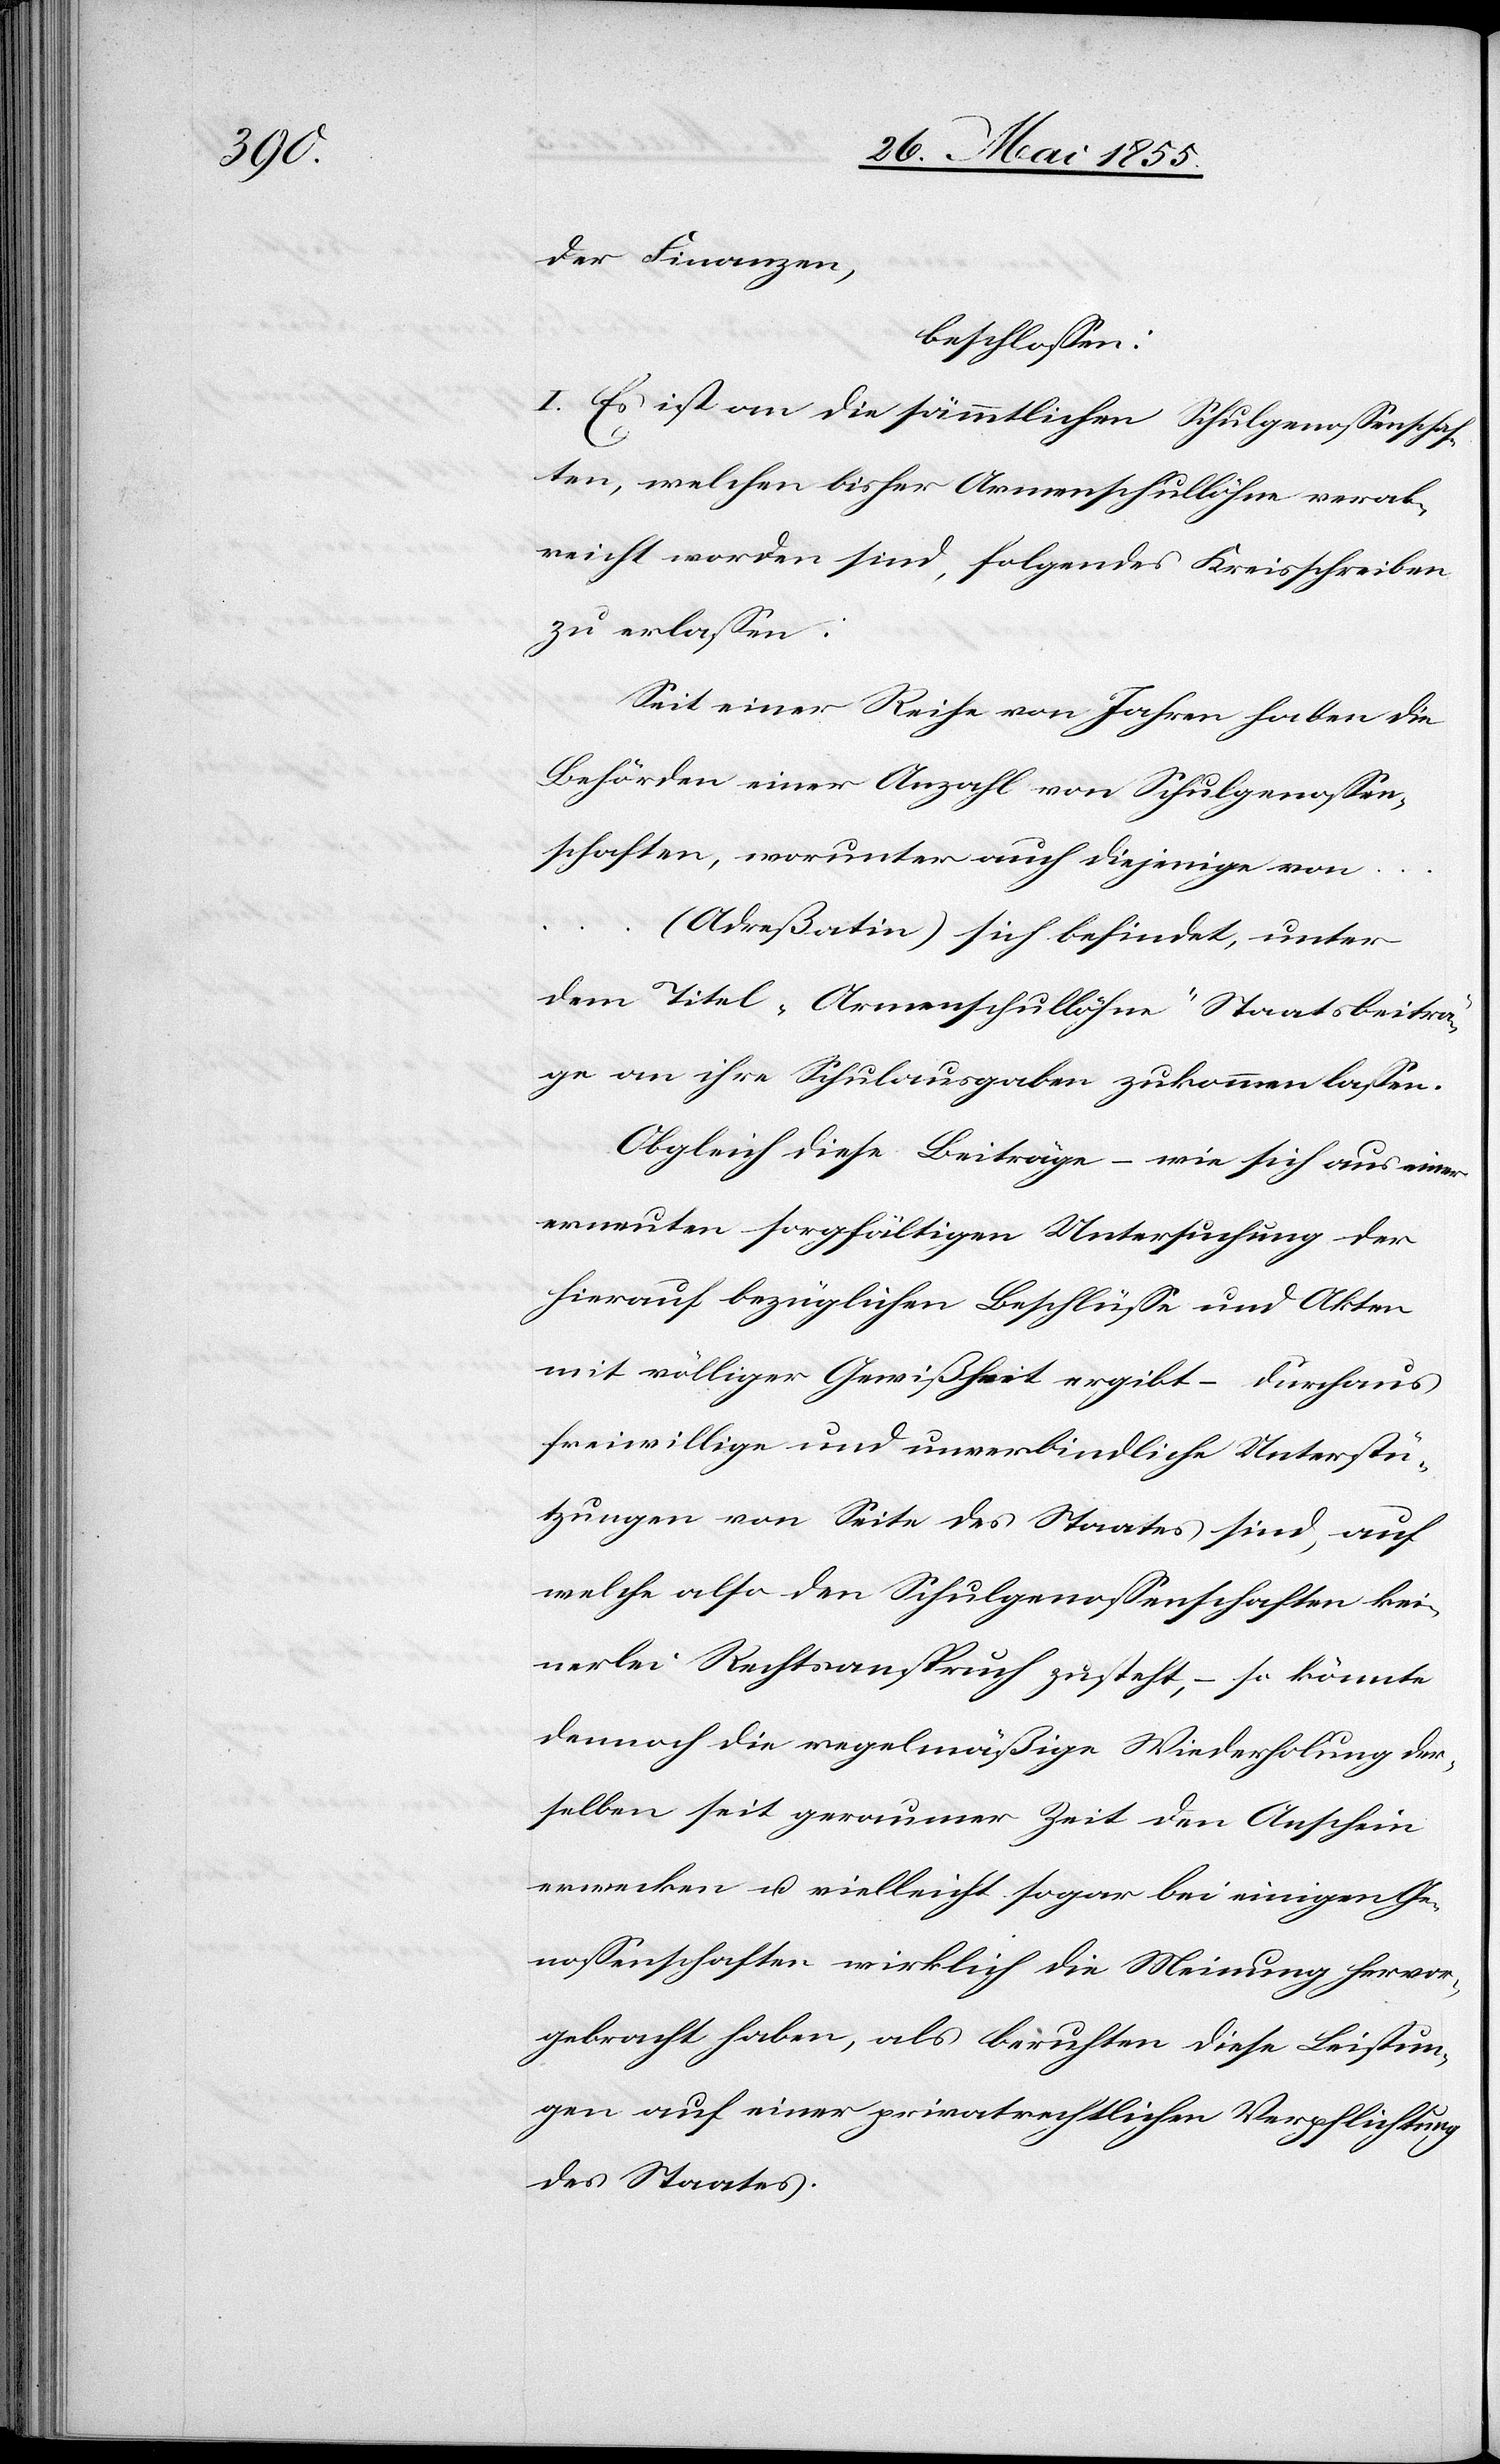
der Finanzen;
beschlossen:
I. Es ist an die sämmtlichen Schulgenossenschaf¬
ten, welchen bisher Armenschullöhne verab¬
reicht worden sind, folgendes Kreisschreiben
zu erlassen:
Seit einer Reihe von Jahren haben die
Behörden einer Anzahl von Schulgenossen¬
schaften, worunter auch diejenige von …
(Adreßatin) sich befindet, unter
dem Titel „Armenschullöhne“ Staatsbeiträ¬
ge an ihre Schulausgaben zukommen lassen.
Obgleich diese Beiträge – wie sich aus einer
erneuten sorgfältigen Untersuchung der
hierauf bezüglichen Beschlüsse und Akten
mit völliger Gewißheit ergibt – durchaus
freiwillige und unverbindliche Unterstü¬
tzungen von Seite des Staates sind, auf
welche also den Schulgenossenschaften kei¬
nerlei Rechtsanspruch zusteht, – so könnte
dennoch die regelmäßige Wiederholung der¬
selben seit geraumer Zeit den Anschein
erwecken u. vielleicht sogar bei einigen Ge¬
nossenschaften wirklich die Meinung hervor¬
gebracht haben, als beruhten diese Leistun¬
gen auf einer privatrechtlichen Verpflichtung
des Staates.